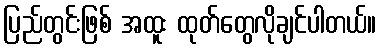
ပြည်တွင်းဖြစ် အထူး ထုတ်တွေလိုချင်ပါတယ်။